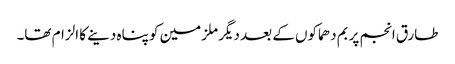
طارق انجم پر بم دھماکوں کے بعد دیگر ملزمین کو پناہ دینے کا الزام تھا۔